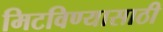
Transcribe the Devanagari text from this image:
मिटविण्यासाठी